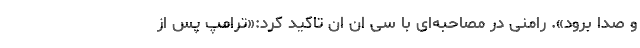
و صدا برود». رامنی در مصاحبه‌ای با سی ان ان تاکید کرد:«ترامپ پس از